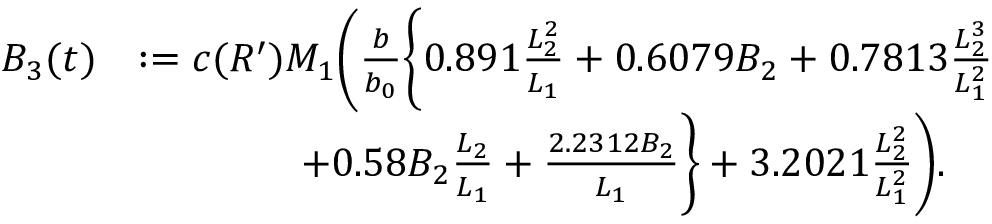
\begin{array} { r l } { B _ { 3 } ( t ) } & { : = c ( R ^ { \prime } ) M _ { 1 } \bigg ( \frac { b } { b _ { 0 } } \bigg \{ 0 . 8 9 1 \frac { L _ { 2 } ^ { 2 } } { L _ { 1 } } + 0 . 6 0 7 9 B _ { 2 } + 0 . 7 8 1 3 \frac { L _ { 2 } ^ { 3 } } { L _ { 1 } ^ { 2 } } } \\ & { \qquad \qquad + 0 . 5 8 B _ { 2 } \frac { L _ { 2 } } { L _ { 1 } } + \frac { 2 . 2 3 1 2 B _ { 2 } } { L _ { 1 } } \bigg \} + 3 . 2 0 2 1 \frac { L _ { 2 } ^ { 2 } } { L _ { 1 } ^ { 2 } } \bigg ) . } \end{array}